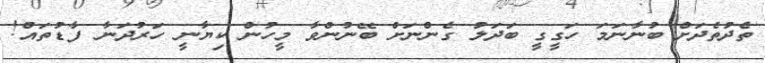
ތެދުތެދަށް ބުނާނަމަ ހަގީގީ ބަދަލު ގެންނަށް ބޭނުންވާ މީހުން ކިޔާނީ ހަރުދަނާ ފާޑުތައް!